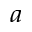
^ a